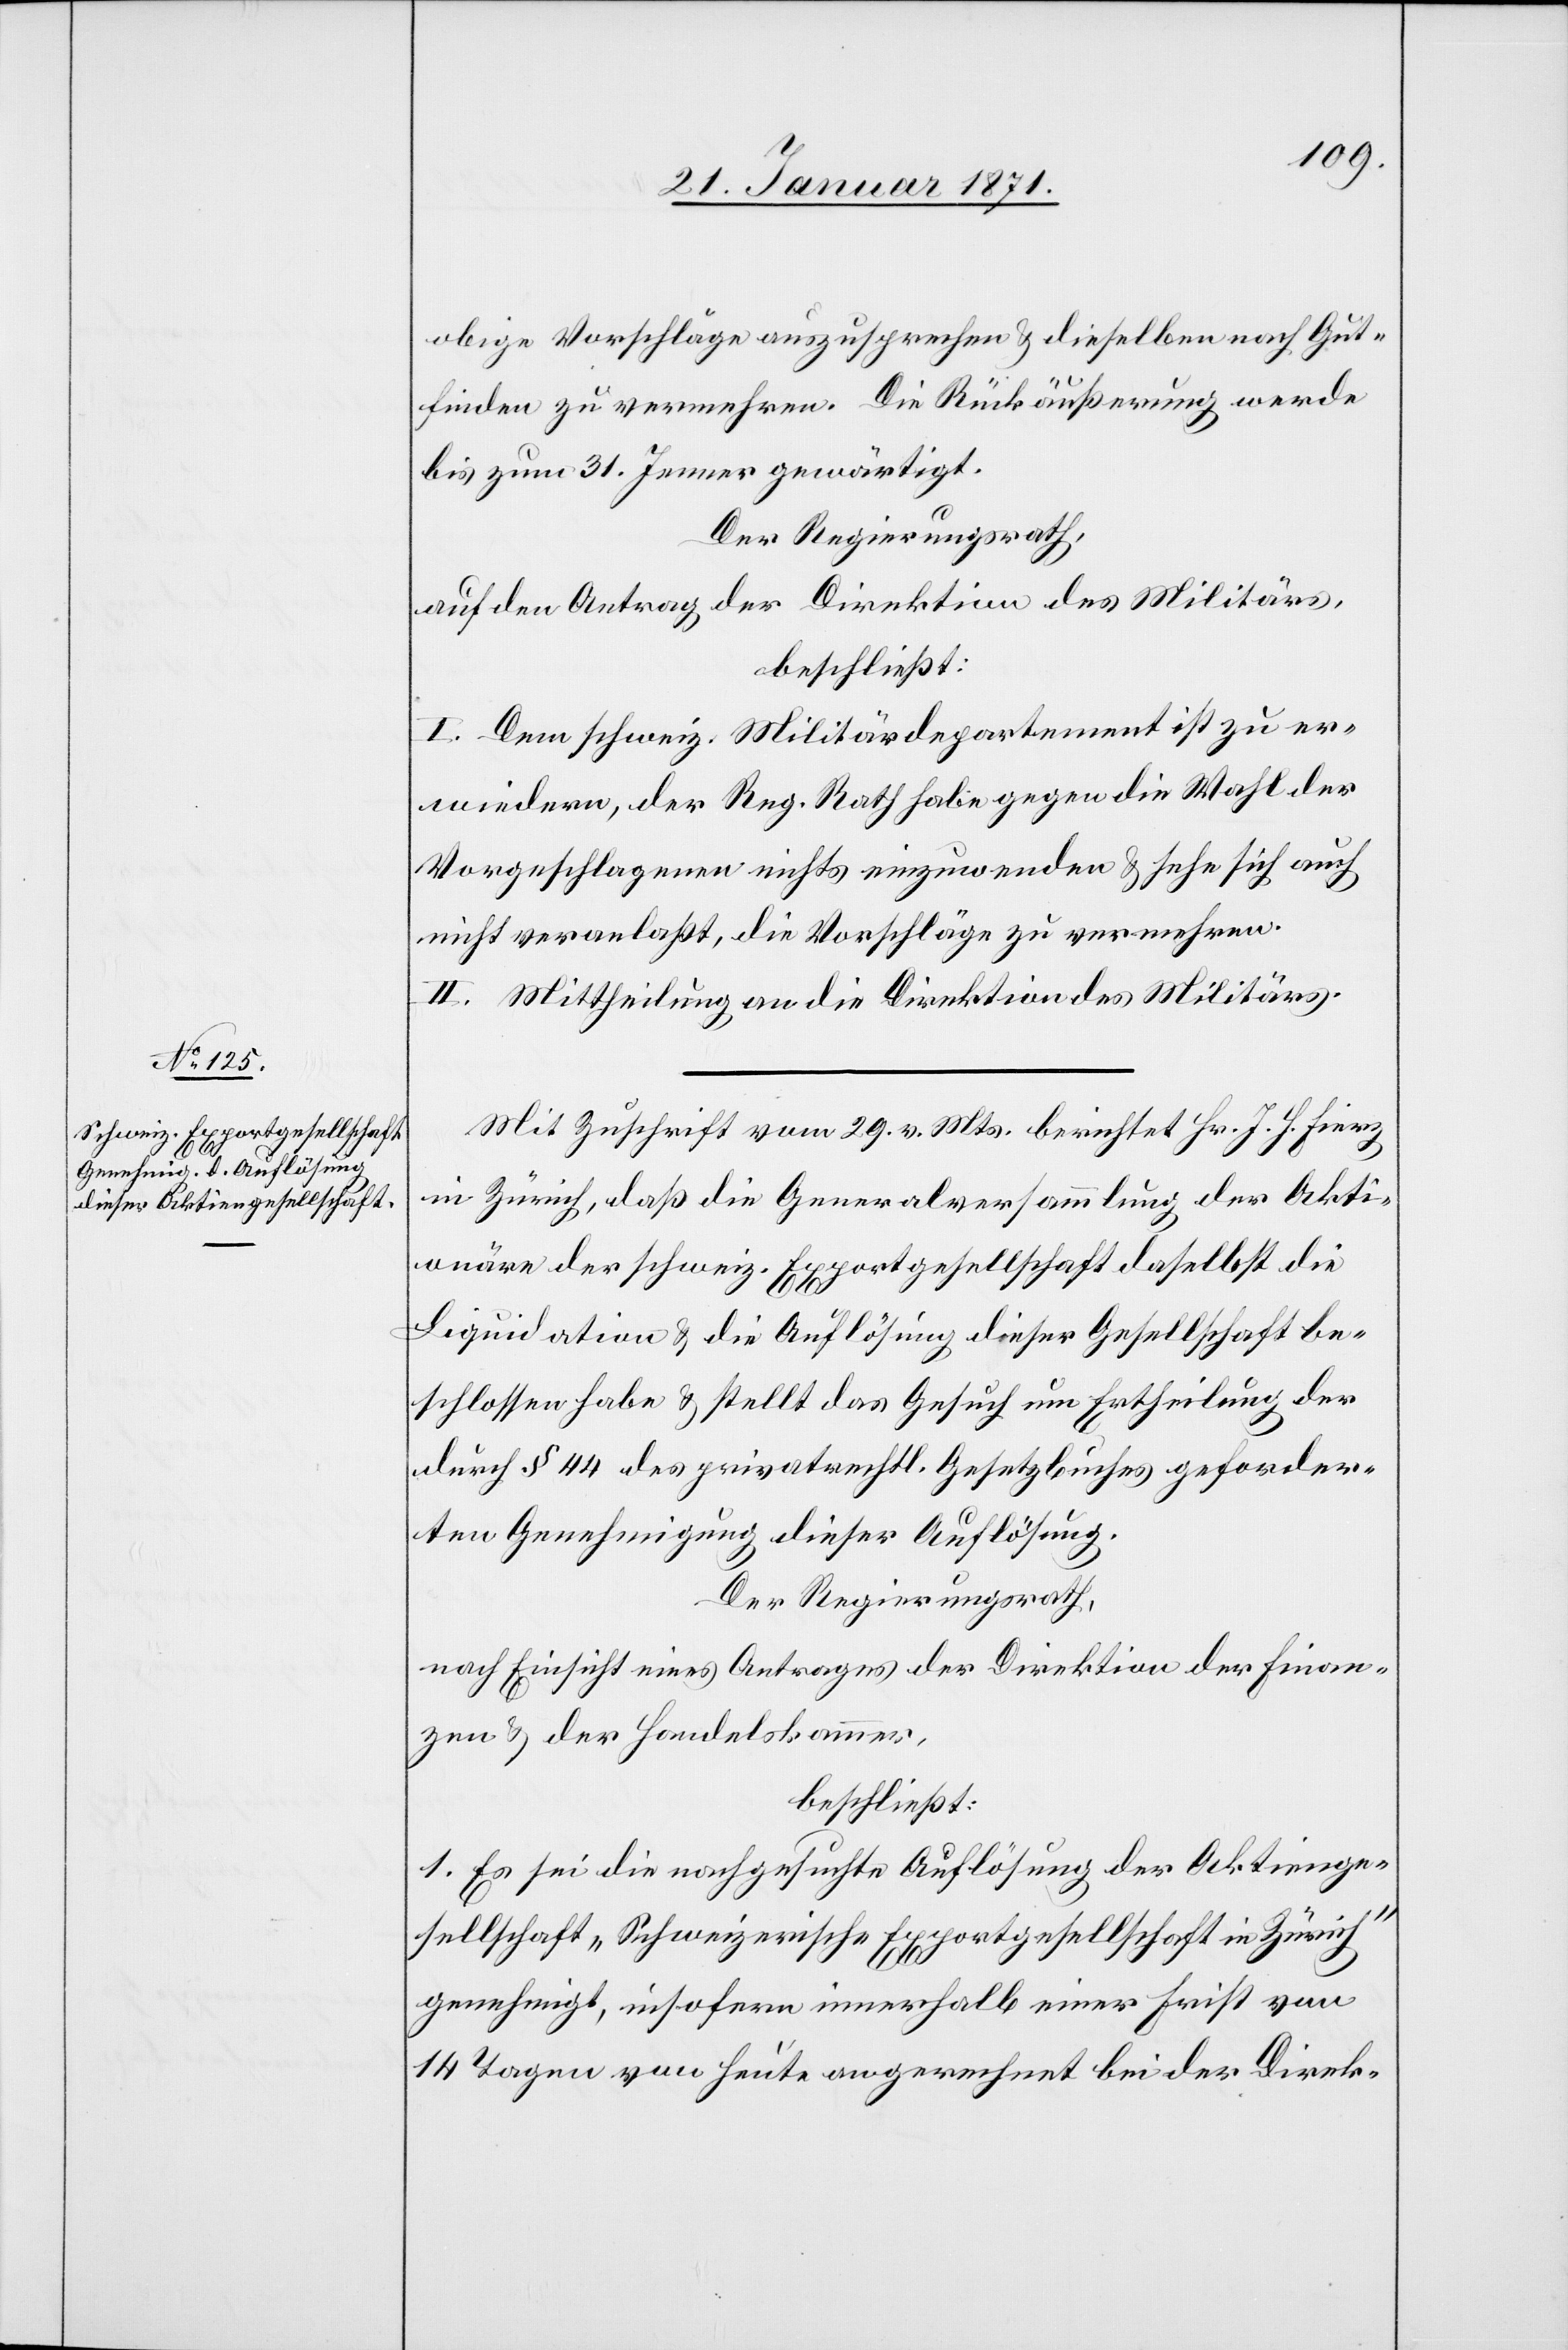
obige Vorschläge auszusprechen u. dieselben nach Gut¬
finden zu vermehren. Die Rückäußerung werde
bis zum 31. Jenner gewärtigt.
Der Regierungsrath,
auf den Antrag der Direktion des Militärs,
beschließt:
I. Den schweiz. Militärdepartement ist zu er¬
wiedern, der Reg. Rath habe gegen die Wahl der
Vorgeschlagenen nichts einzuwenden u. sehe sich auch
nicht veranlaßt, die Vorschläge zu vermehren.
II. Mittheilung an die Direktion des Militärs.
Mit Zuschrift vom 29. v. Mts. berichtet Hr. J. H. Fierz
in Zürich, daß die Generalversammlung der Akti¬
onäre der schweiz. Exportgesellschaft daselbst die
Liquidation u. die Auflösung dieser Gesellschaft be¬
schlossen habe u. stellt das Gesuch um Ertheilung der
durch § 44 des privatrechtl. Gesetzbuches geforder¬
ten Genehmigung dieser Auflösung.
Der Regierungsrath,
nach Einsicht eines Antrages der Direktion der Finan¬
zen u. der Handelskammer,
beschließt:
1. Es sei die nachgesuchte Auflösung der Aktienge¬
sellschaft „Schweizerische Exportgesellschaft in Zürich“
genehmigt, insofern innerhalb einer Frist von
14 Tagen von heute an gerechnet bei der Direk-